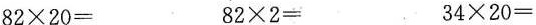
$$8 2 \times 2 0 =$$ $$8 2 \times 2 =$$ $$3 4 \times 2 0 =$$